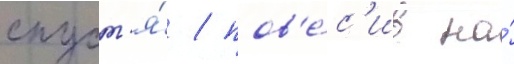
спуст'я́ / пов'е́с'ив на́